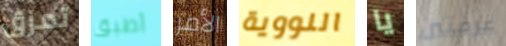
تمزق أطبق الأمر النووية يا غرفتين